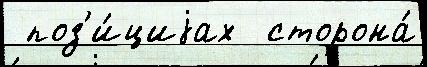
 поз'и́циjах  сторона́